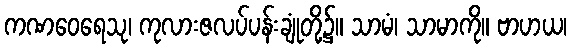
ကဏဝေရေသု၊ ကုလားဇလပ်ပန်းချုံတို့၌။ သာမံ၊ သာမာကို။ ဗာဟယ၊